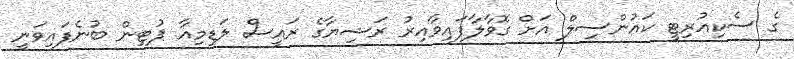
ގެ ސެކިއުރިޓީ ކައުންސިލް އަށް ގޮވާލާފައިވާއިރު ރަޝިޔާގެ ރައީސް ލަޑިމިއާ ޕުޓިން ބުނެފައިވަނީ